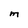
Character: M